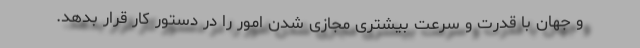
و جهان با قدرت و سرعت بیشتری مجازی شدن امور را در دستور کار قرار بدهد.